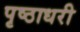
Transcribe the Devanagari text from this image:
पृष्ठाधरी